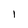
Character: 1